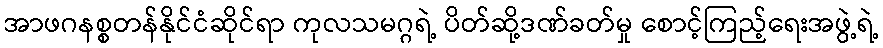
အာဖဂနစ္စတန်နိုင်ငံဆိုင်ရာ ကုလသမဂ္ဂရဲ့ ပိတ်ဆို့ဒဏ်ခတ်မှု စောင့်ကြည့်ရေးအဖွဲ့ရဲ့